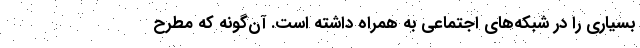
بسیاری را در شبکه‌های اجتماعی به همراه داشته است. آن‌گونه که مطرح